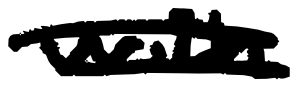
Text: with
Cross-out: mix
Writing tool: digital_black